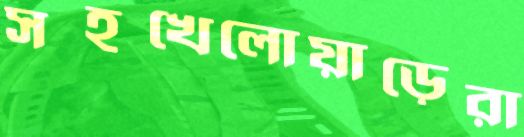
সহখেলোয়াড়েরা